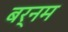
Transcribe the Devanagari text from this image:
बर्नम